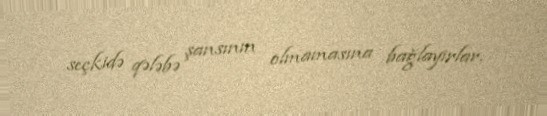
seçkidə qələbə şansının olmamasına bağlayırlar.